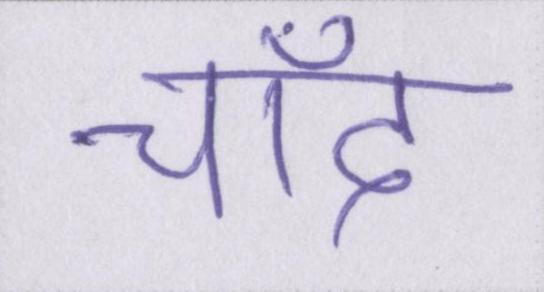
चाँद